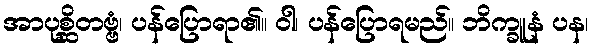
အာပုစ္ဆိတဗ္ဗံ၊ ပန်ပြောရာ၏။ ဝါ၊ ပန်ပြောရမည်။ ဘိက္ခူနံ ပန၊